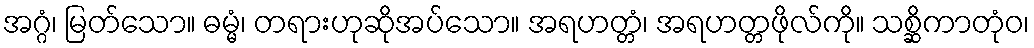
အဂ္ဂံ၊ မြတ်သော။ ဓမ္မံ၊ တရားဟုဆိုအပ်သော။ အရဟတ္တံ၊ အရဟတ္တဖိုလ်ကို။ သစ္ဆိကာတုံဝ၊